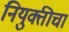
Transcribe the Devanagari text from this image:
नियुक्तीचा